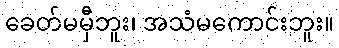
ခေတ်မမှီဘူး၊ အသံမကောင်းဘူး။